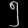
Digit: ၅